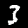
Label: 3